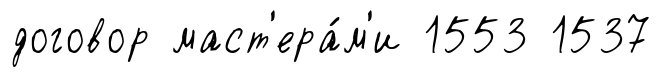
договор маст'ера́м'и 1553 1537